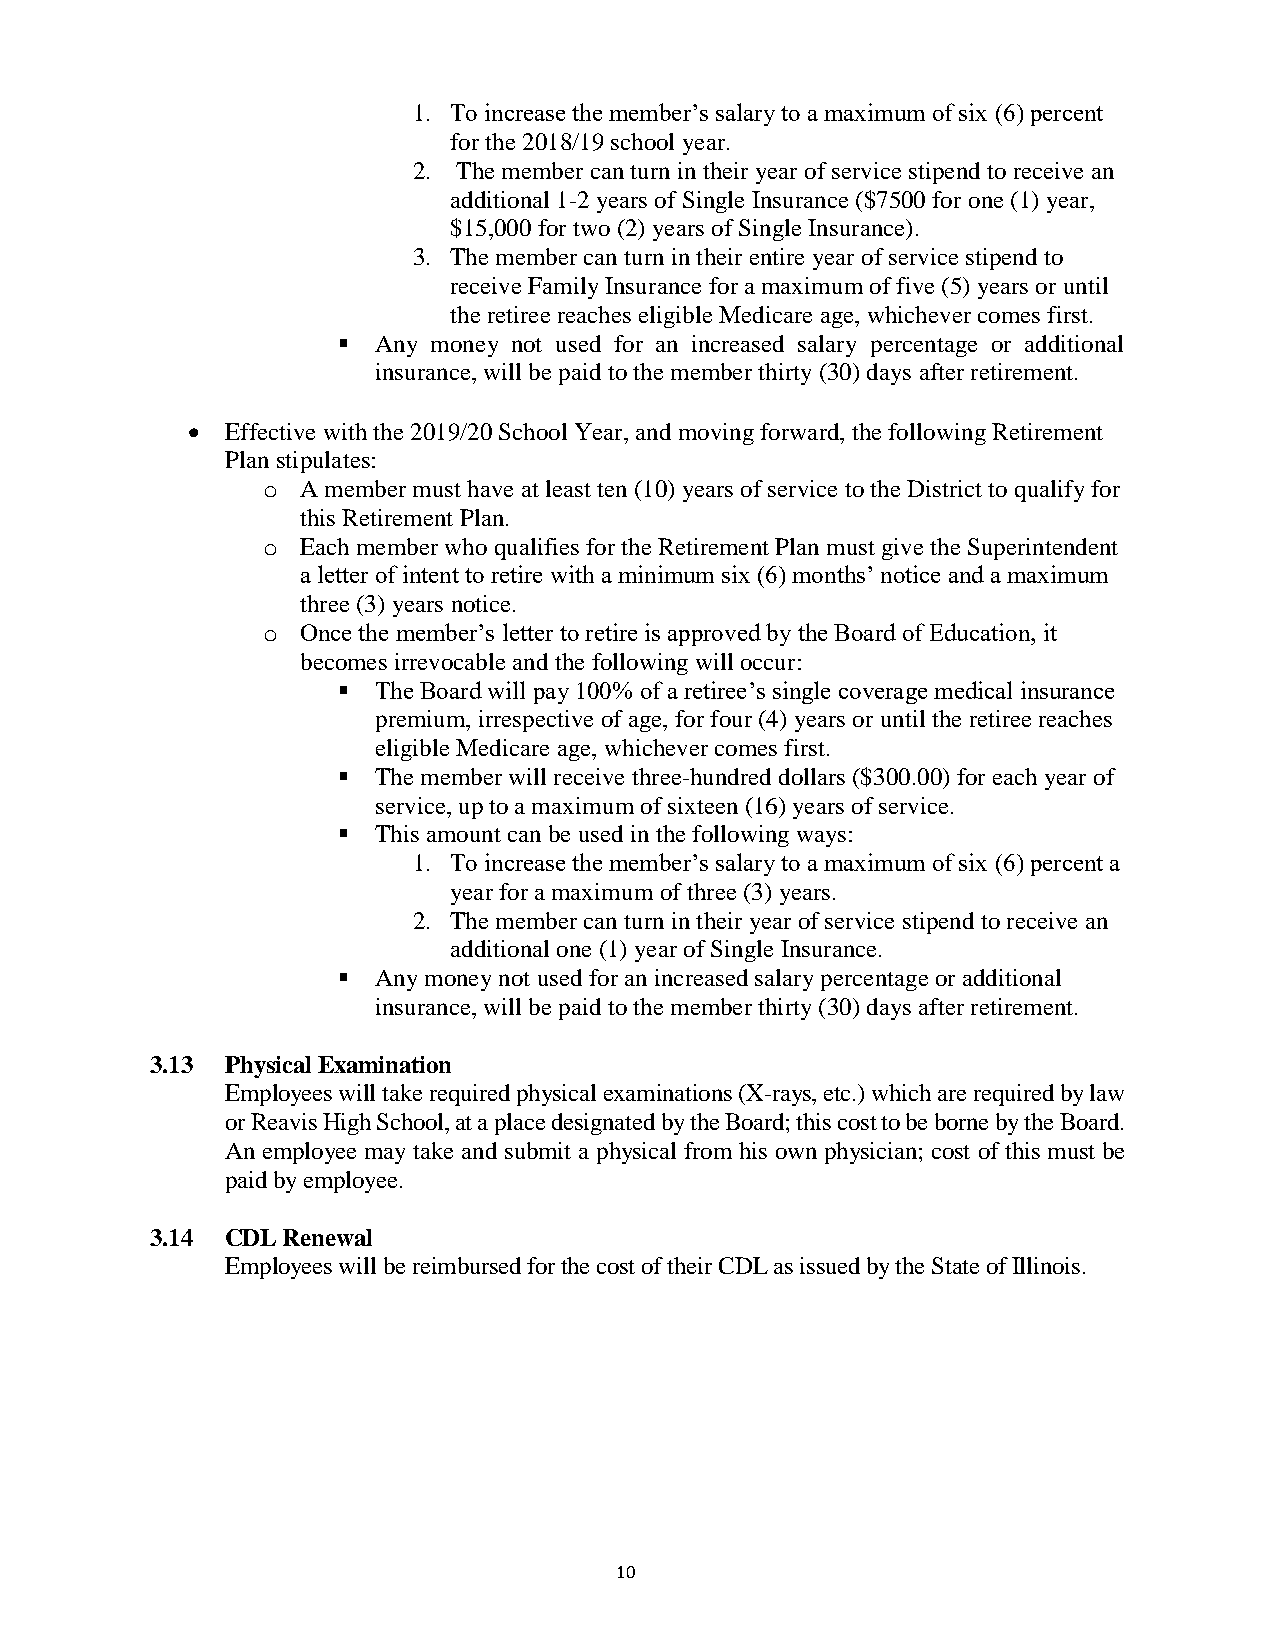
1. To increase the member’s salary to a maximum of six (6) percent
 for the 2018/19 school year.
 2. The member can turn in their year of service stipend to receive an
 additional 1-2 years of Single Insurance ($7500 for one (1) year,
 $15,000 for two (2) years of Single Insurance).
 3. The member can turn in their entire year of service stipend to
 receive Family Insurance for a maximum of five (5) years or until
 the retiree reaches eligible Medicare age, whichever comes first.
   Any money not used for an increased salary percentage or additional
 insurance, will be paid to the member thirty (30) days after retirement.
   Effective with the 2019/20 School Year, and moving forward, the following Retirement
 Plan stipulates:
 o  A member must have at least ten (10) years of service to the District to qualify for
 this Retirement Plan.
 o  Each member who qualifies for the Retirement Plan must give the Superintendent
 a letter of intent to retire with a minimum six (6) months’ notice and a maximum
 three (3) years notice.
 o  Once the member’s letter to retire is approved by the Board of Education, it
 becomes irrevocable and the following will occur:
   The Board will pay 100% of a retiree’s single coverage medical insurance
 premium, irrespective of age, for four (4) years or until the retiree reaches
 eligible Medicare age, whichever comes first.
   The member will receive three-hundred dollars ($300.00) for each year of
 service, up to a maximum of sixteen (16) years of service.
   This amount can be used in the following ways:
 1. To increase the member’s salary to a maximum of six (6) percent a
 year for a maximum of three (3) years.
 2. The member can turn in their year of service stipend to receive an
 additional one (1) year of Single Insurance.
   Any money not used for an increased salary percentage or additional
 insurance, will be paid to the member thirty (30) days after retirement.
 3.13 Physical Examination
 Employees will take required physical examinations (X-rays, etc.) which are required by law
 or Reavis High School, at a place designated by the Board; this cost to be borne by the Board.
 An employee may take and submit a physical from his own physician; cost of this must be
 paid by employee.
 3.14 CDL Renewal
 Employees will be reimbursed for the cost of their CDL as issued by the State of Illinois.
 10